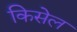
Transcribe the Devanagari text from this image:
किसेल